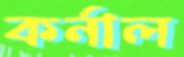
কর্নাল